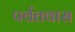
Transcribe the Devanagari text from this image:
पर्वतवास